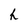
Character: h